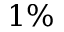
1 \%